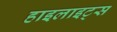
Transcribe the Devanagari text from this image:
हाइलाइट्स